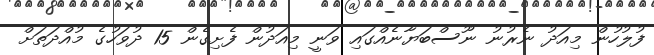
ފުލުހުން މިއަދު ނެރުނު ނޫސްބަޔާނެއްގައި ވަނީ މިއަދުން ފެށިގެން 15 ދުވަހުގެ މުއްދަތަށް